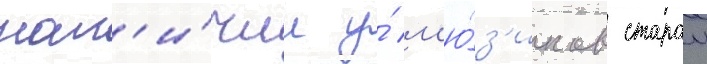
нал'и́чии у́ м'ю́з'иклов старои